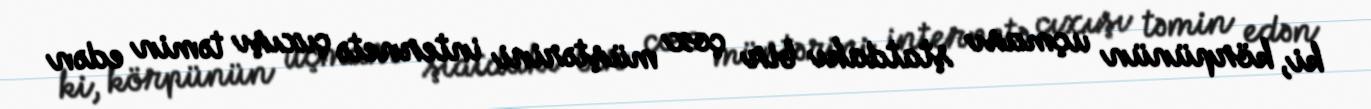
ki, körpünün uçması ştatdakı bir çox müştərini internetə çıxışı təmin edən